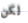
لكن